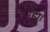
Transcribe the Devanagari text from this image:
चही।